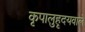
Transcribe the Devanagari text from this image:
कृपालुहृदयवाले